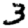
Digit: 3